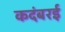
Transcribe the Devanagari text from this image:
कदंबरई